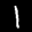
Label: 1